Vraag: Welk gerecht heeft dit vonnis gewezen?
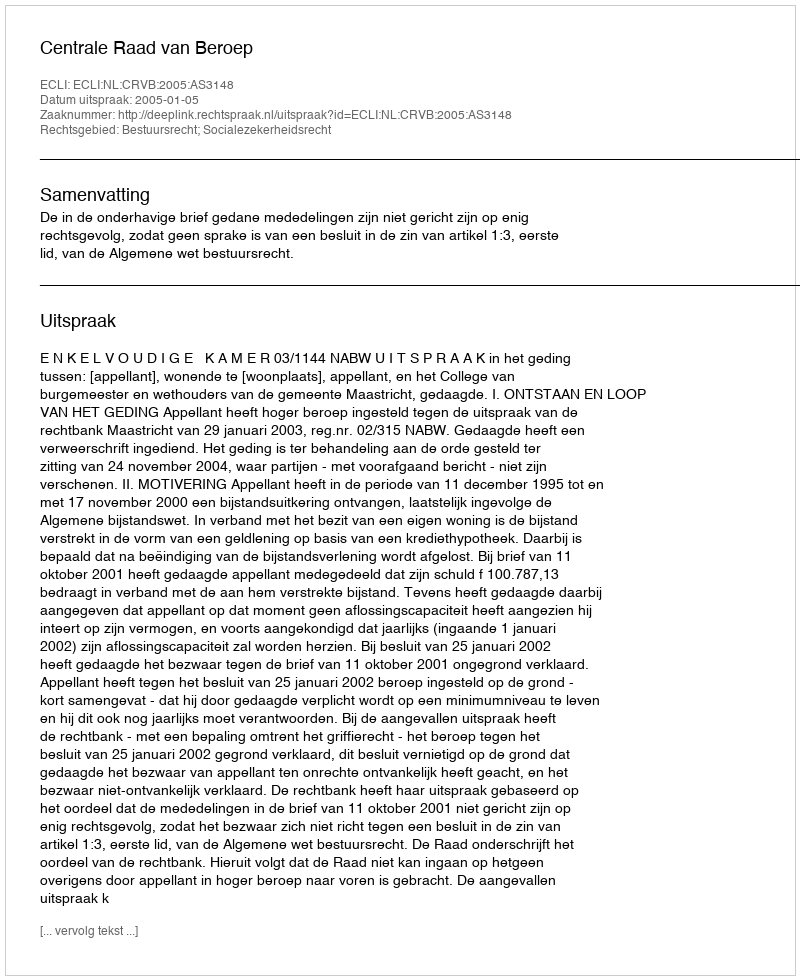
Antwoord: Centrale Raad van Beroep